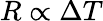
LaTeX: R\propto\Delta T